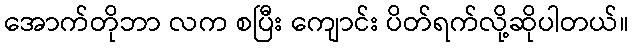
အောက်တိုဘာ လက စပြီး ကျောင်း ပိတ်ရက်လို့ဆိုပါတယ်။